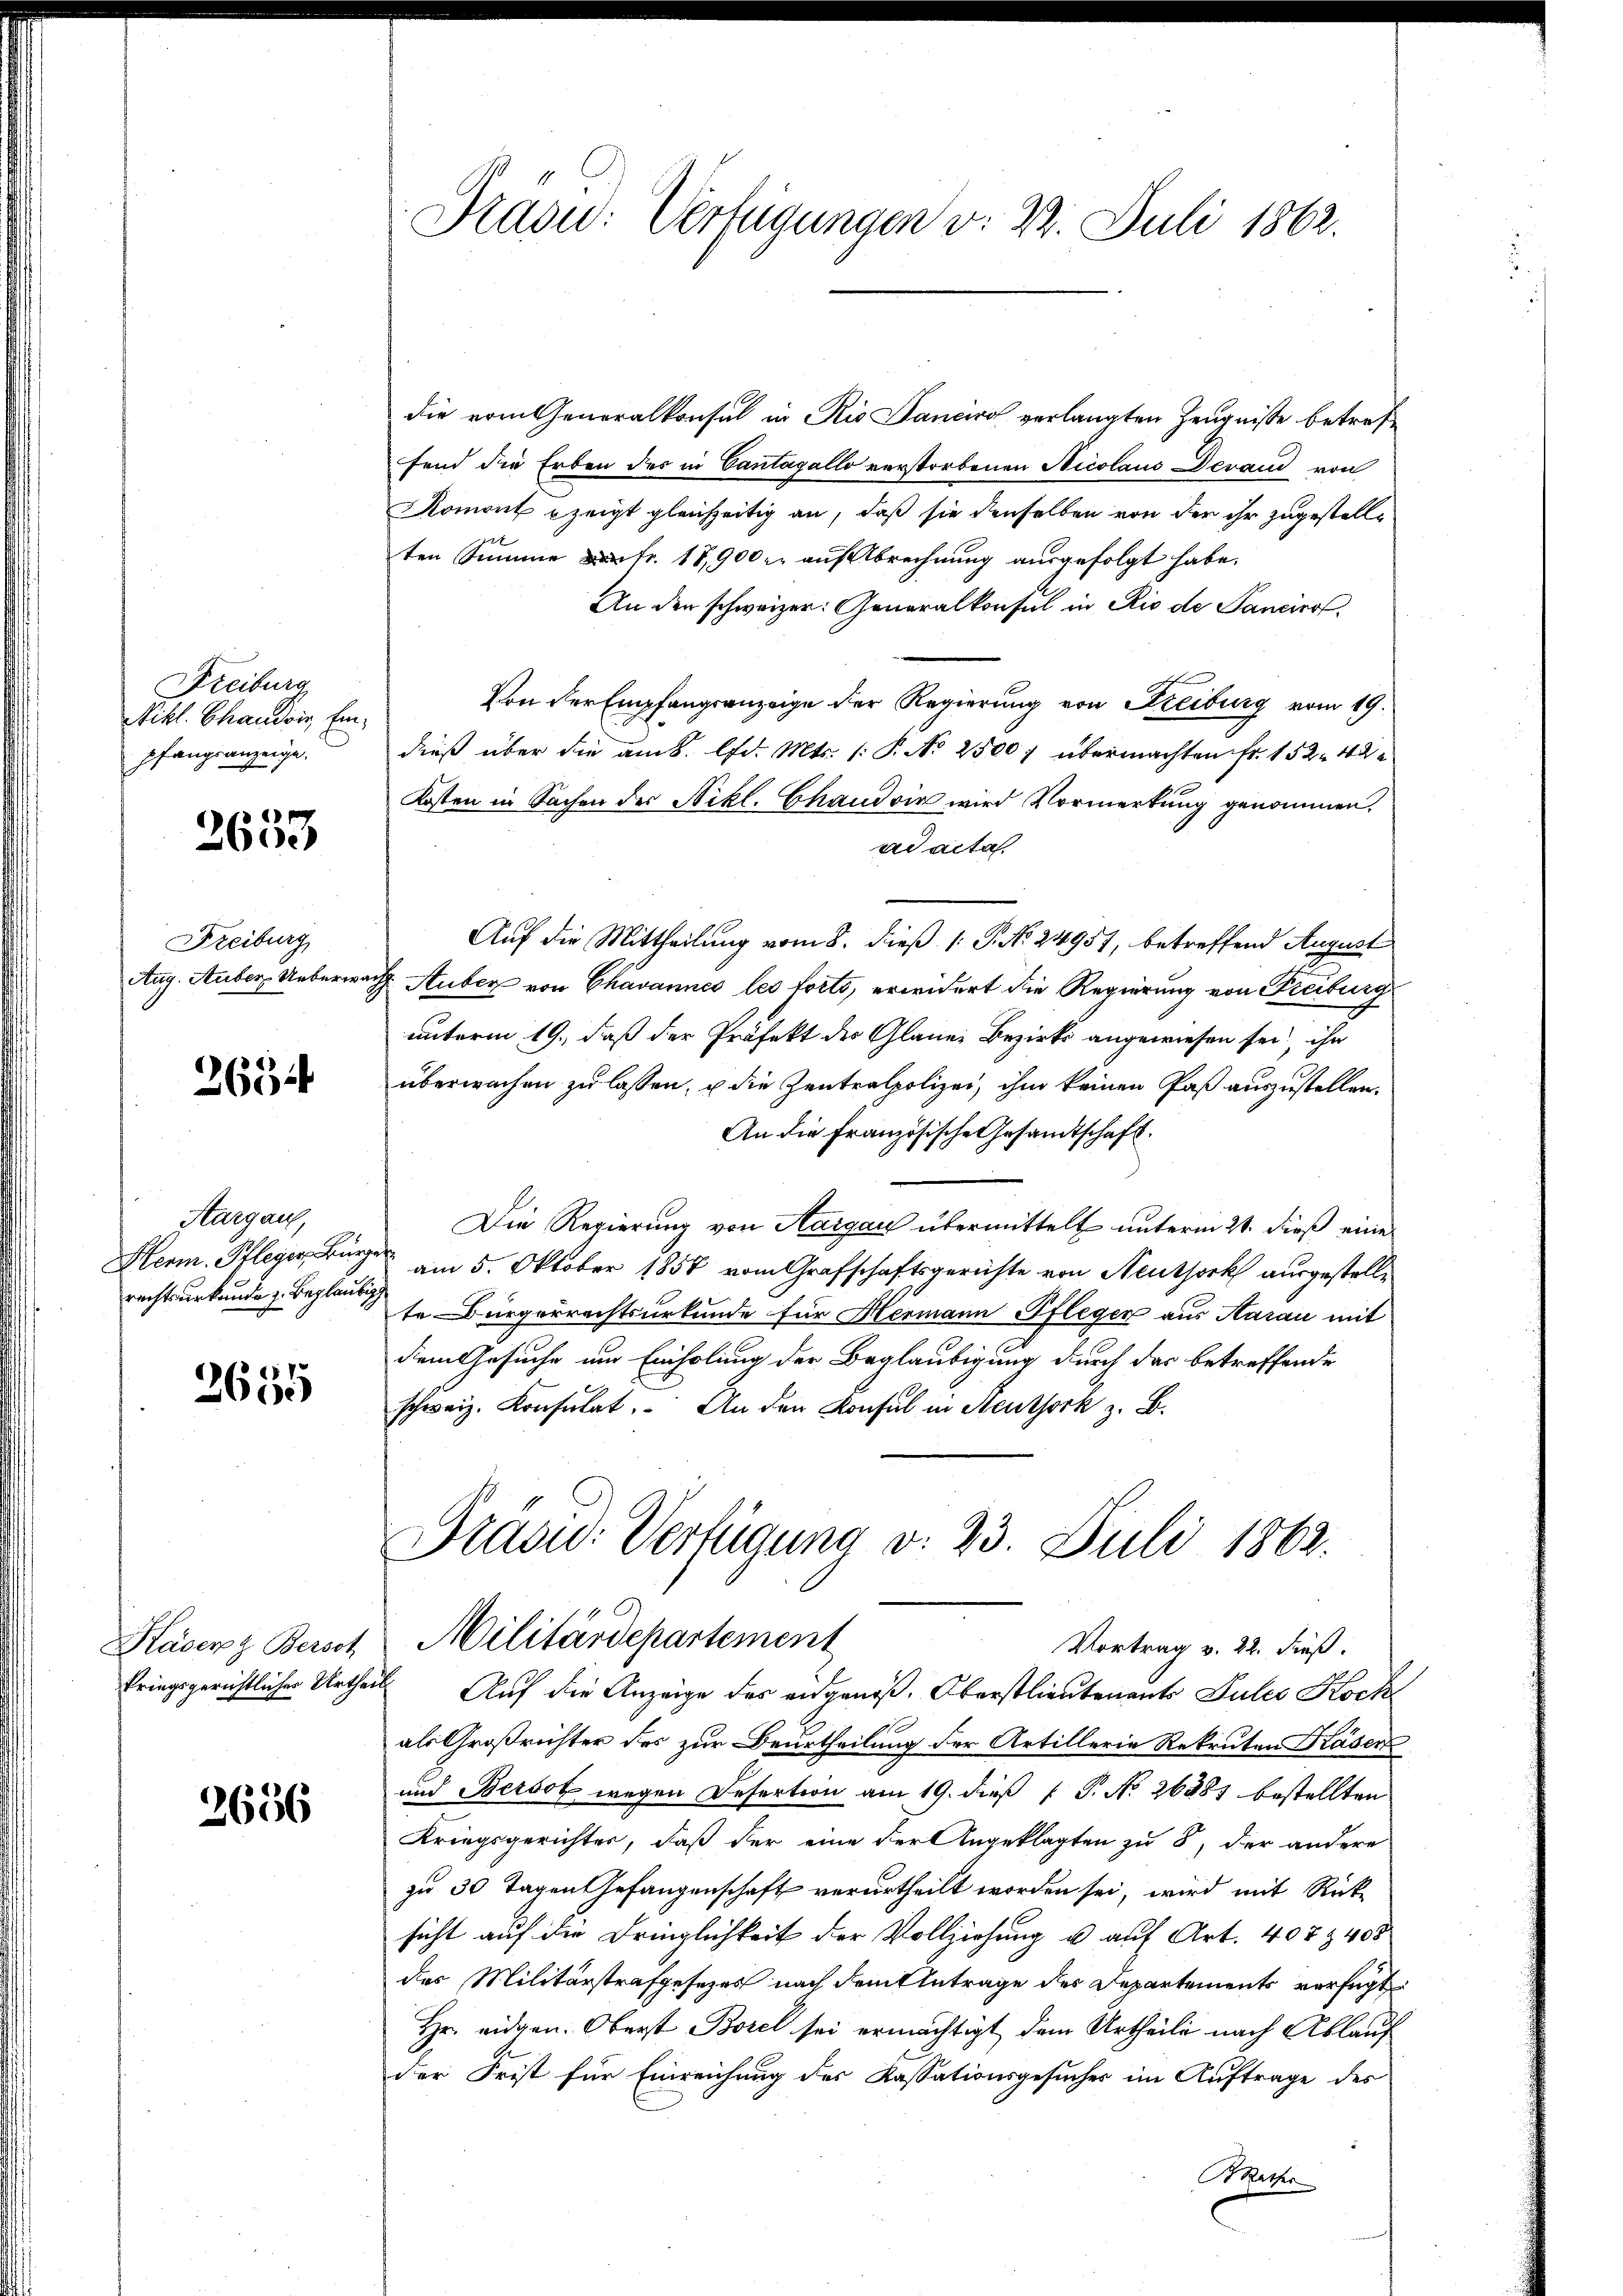
Freiburg
Nikl. Ghaudois, Einpfangsanzeige.

2633

Freiburg
Aug. Auber Ueberwe

2654

Aargau,
Herm. Pfleger Bür
rechtsurkunde z. Beglaubig

2655

Käser Bersch

2656

die vom Generalkonsul in Rio Janeiro verlangten Zeugnisse betreffend die Erben des in Cantagello verstorbenen Nicolaus Devaud von
Komont zeigt gleichzeitig an, daß sie denselben von der ihr zugestelle
ten Summe fr. 17,900 er auf Abrechnung ausgefolgt habe.
An den schweizer: Generalkonsul in Rio de Sancier
Von der Empfangsanzeige der Regierung von Freiburg vom 19.
dieß über die am k. lfd. Mts. (: P. No 2500 übermachten Fr. 152. 42
Kosten in Sachen der Nikl. Chaudoin wird Vormerkung genommen.
ad acta.
Auf die Mittheilung vom 8. dieß (: P. No. 24957, betreffend August
ach Auber von Chavannes les forts, erwidert die Regierung von Freiburg
unterm 19., daß der Präfekt der Glaner Bezirks angewiesen sei, ihn
überwachen zu lassen, u die Zentralpolizei, ihm keinen Paß auszustellen.
An die Französische Gesandtschaft.
Die Regierung von Aargau übermittelt unterm 21. dieß eine
 am 5. Oktober 1857 vom Grafschaftsgerichte von Neuthork ausgestellte Bürgerrechtsurkunde für Hermann Pfleger aus Aarau mit
dem Gesuche um Einholung der Beglaubigung durch das betreffende
schweiz. Konsulat. An den Konsul in Neuthork z. B.
Präsid. Verfügung v. 23. Juli 1862.

Draow: Verfügungen v. 2. Juli 1862.

Militärdepartement
Vortrag v. 22. dieß.
kriegsgerichtlicher Urtheil Auf die Anzeige des eidgenoß. Oberstlieutenants Pules Koch

als Großrichter des zur Beurtheilung der Artillerie Rekruten Gläser
und Berson wegen Desertion am 19. dieß [ P. No 26281 bestellten
Kriegsgerichter, daß der eine der Angeklagten zu 8, der andere
zu 30 Tagen Gefangenschaft verurtheilt worden sei, wird mit Rück-
sicht auf die Dringlichkeit der Vollziehung u. auf Art. 407 & 405
des Militärstrafgesetzes nach dem Antrage des Departements verfügt
Hr. eidgen. Oberst Borel sei ermächtigt dem Urtheile nach Ablauf
der Frist für Einreichung des Kassationsgesucher im Auftrage des
Bethe